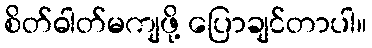
စိတ်ဓါတ်မကျဖို့ ပြောချင်တာပါ။